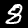
Label: 8